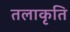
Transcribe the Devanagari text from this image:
तलाकृति